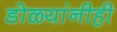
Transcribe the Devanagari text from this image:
डोळ्यांनीही